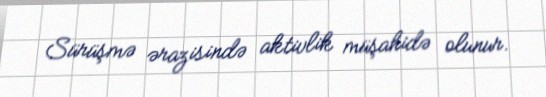
Sürüşmə ərazisində aktivlik müşahidə olunur.